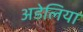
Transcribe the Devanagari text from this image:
अडेलिया